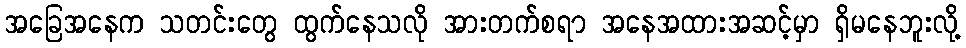
အခြေအနေက သတင်းတွေ ထွက်နေသလို အားတက်စရာ အနေအထားအဆင့်မှာ ရှိမနေဘူးလို့